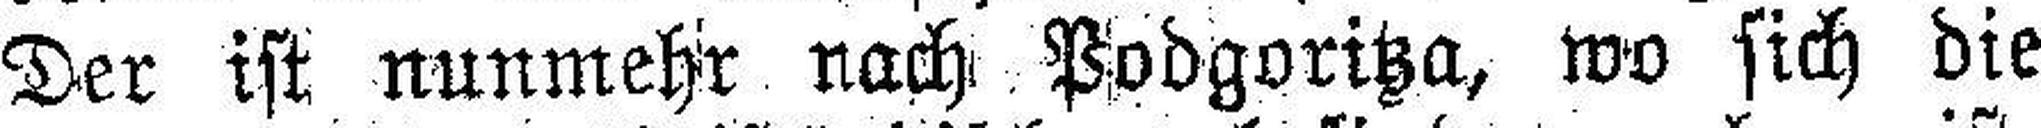
Der ist nunmehr nach Podgoritza, wo sich die